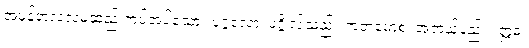
အဖန်တလဲလဲမဆည်းကပ်အပ်သော။ ပုဂ္ဂလော၊ ပုဂ္ဂိုလ်သည်။ ကတမောစ၊ အဘယ်နည်း။ ဣဓ၊